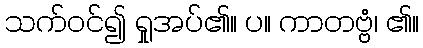
သက်ဝင်၍ ရှုအပ်၏။ ပ။ ကာတဗ္ဗံ၊ ၏။